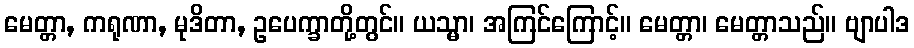
မေတ္တာ, ကရုဏာ, မုဒိတာ, ဥပေက္ခာတို့တွင်။ ယသ္မာ၊ အကြင်ကြောင့်။ မေတ္တာ၊ မေတ္တာသည်။ ဗျာပါဒ